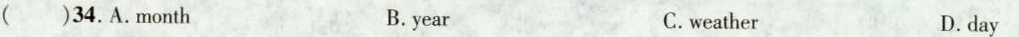
( )34.A.month B.year C.weather D.day